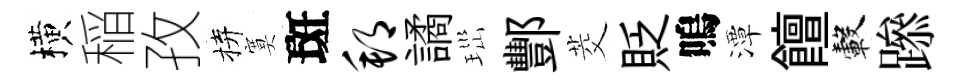
横稲孜拚寞斑邦譎𤤼酆茭貶嗚潭饘轂𨅶